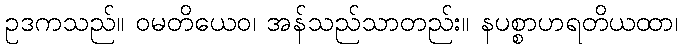
ဥဒကသည်။ ဝမတိယေဝ၊ အန်သည်သာတည်း။ နပစ္စာဟရတိယထာ၊